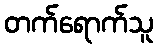
တက်ရောက်သူ